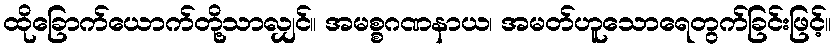
ထိုခြောက်ယောက်တို့သာလျှင်။ အမစ္စဂဏနာယ၊ အမတ်ဟူသောရေတွက်ခြင်းဖြင့်။